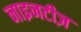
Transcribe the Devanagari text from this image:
नाइनटीज़